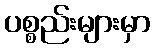
ပစ္စည်းများမှာ